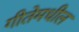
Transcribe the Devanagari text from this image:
गीतेमधील